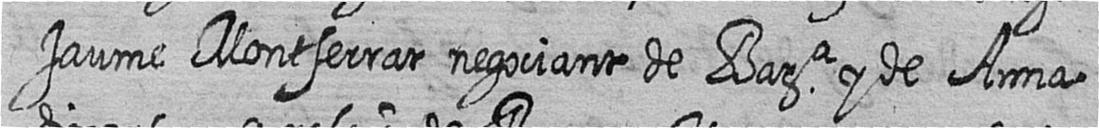
Jaume Montserrat negociant de Bara y de Anna